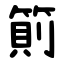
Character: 䈟